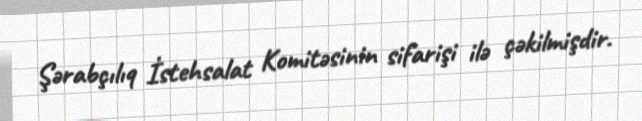
Şərabçılıq İstehsalat Komitəsinin sifarişi ilə çəkilmişdir.